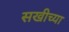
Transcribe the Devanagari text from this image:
सखीच्या